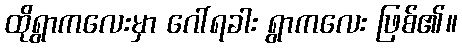
ထိုရွာကလေးမှာ ဂေါ်ရခါး ရွာကလေး ဖြစ်၏။